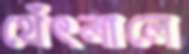
থেঁৎলালে